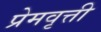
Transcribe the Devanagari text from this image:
प्रेमवृत्ती